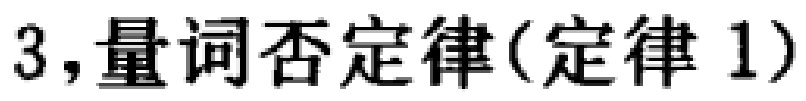
3,量词否定律(定律1)